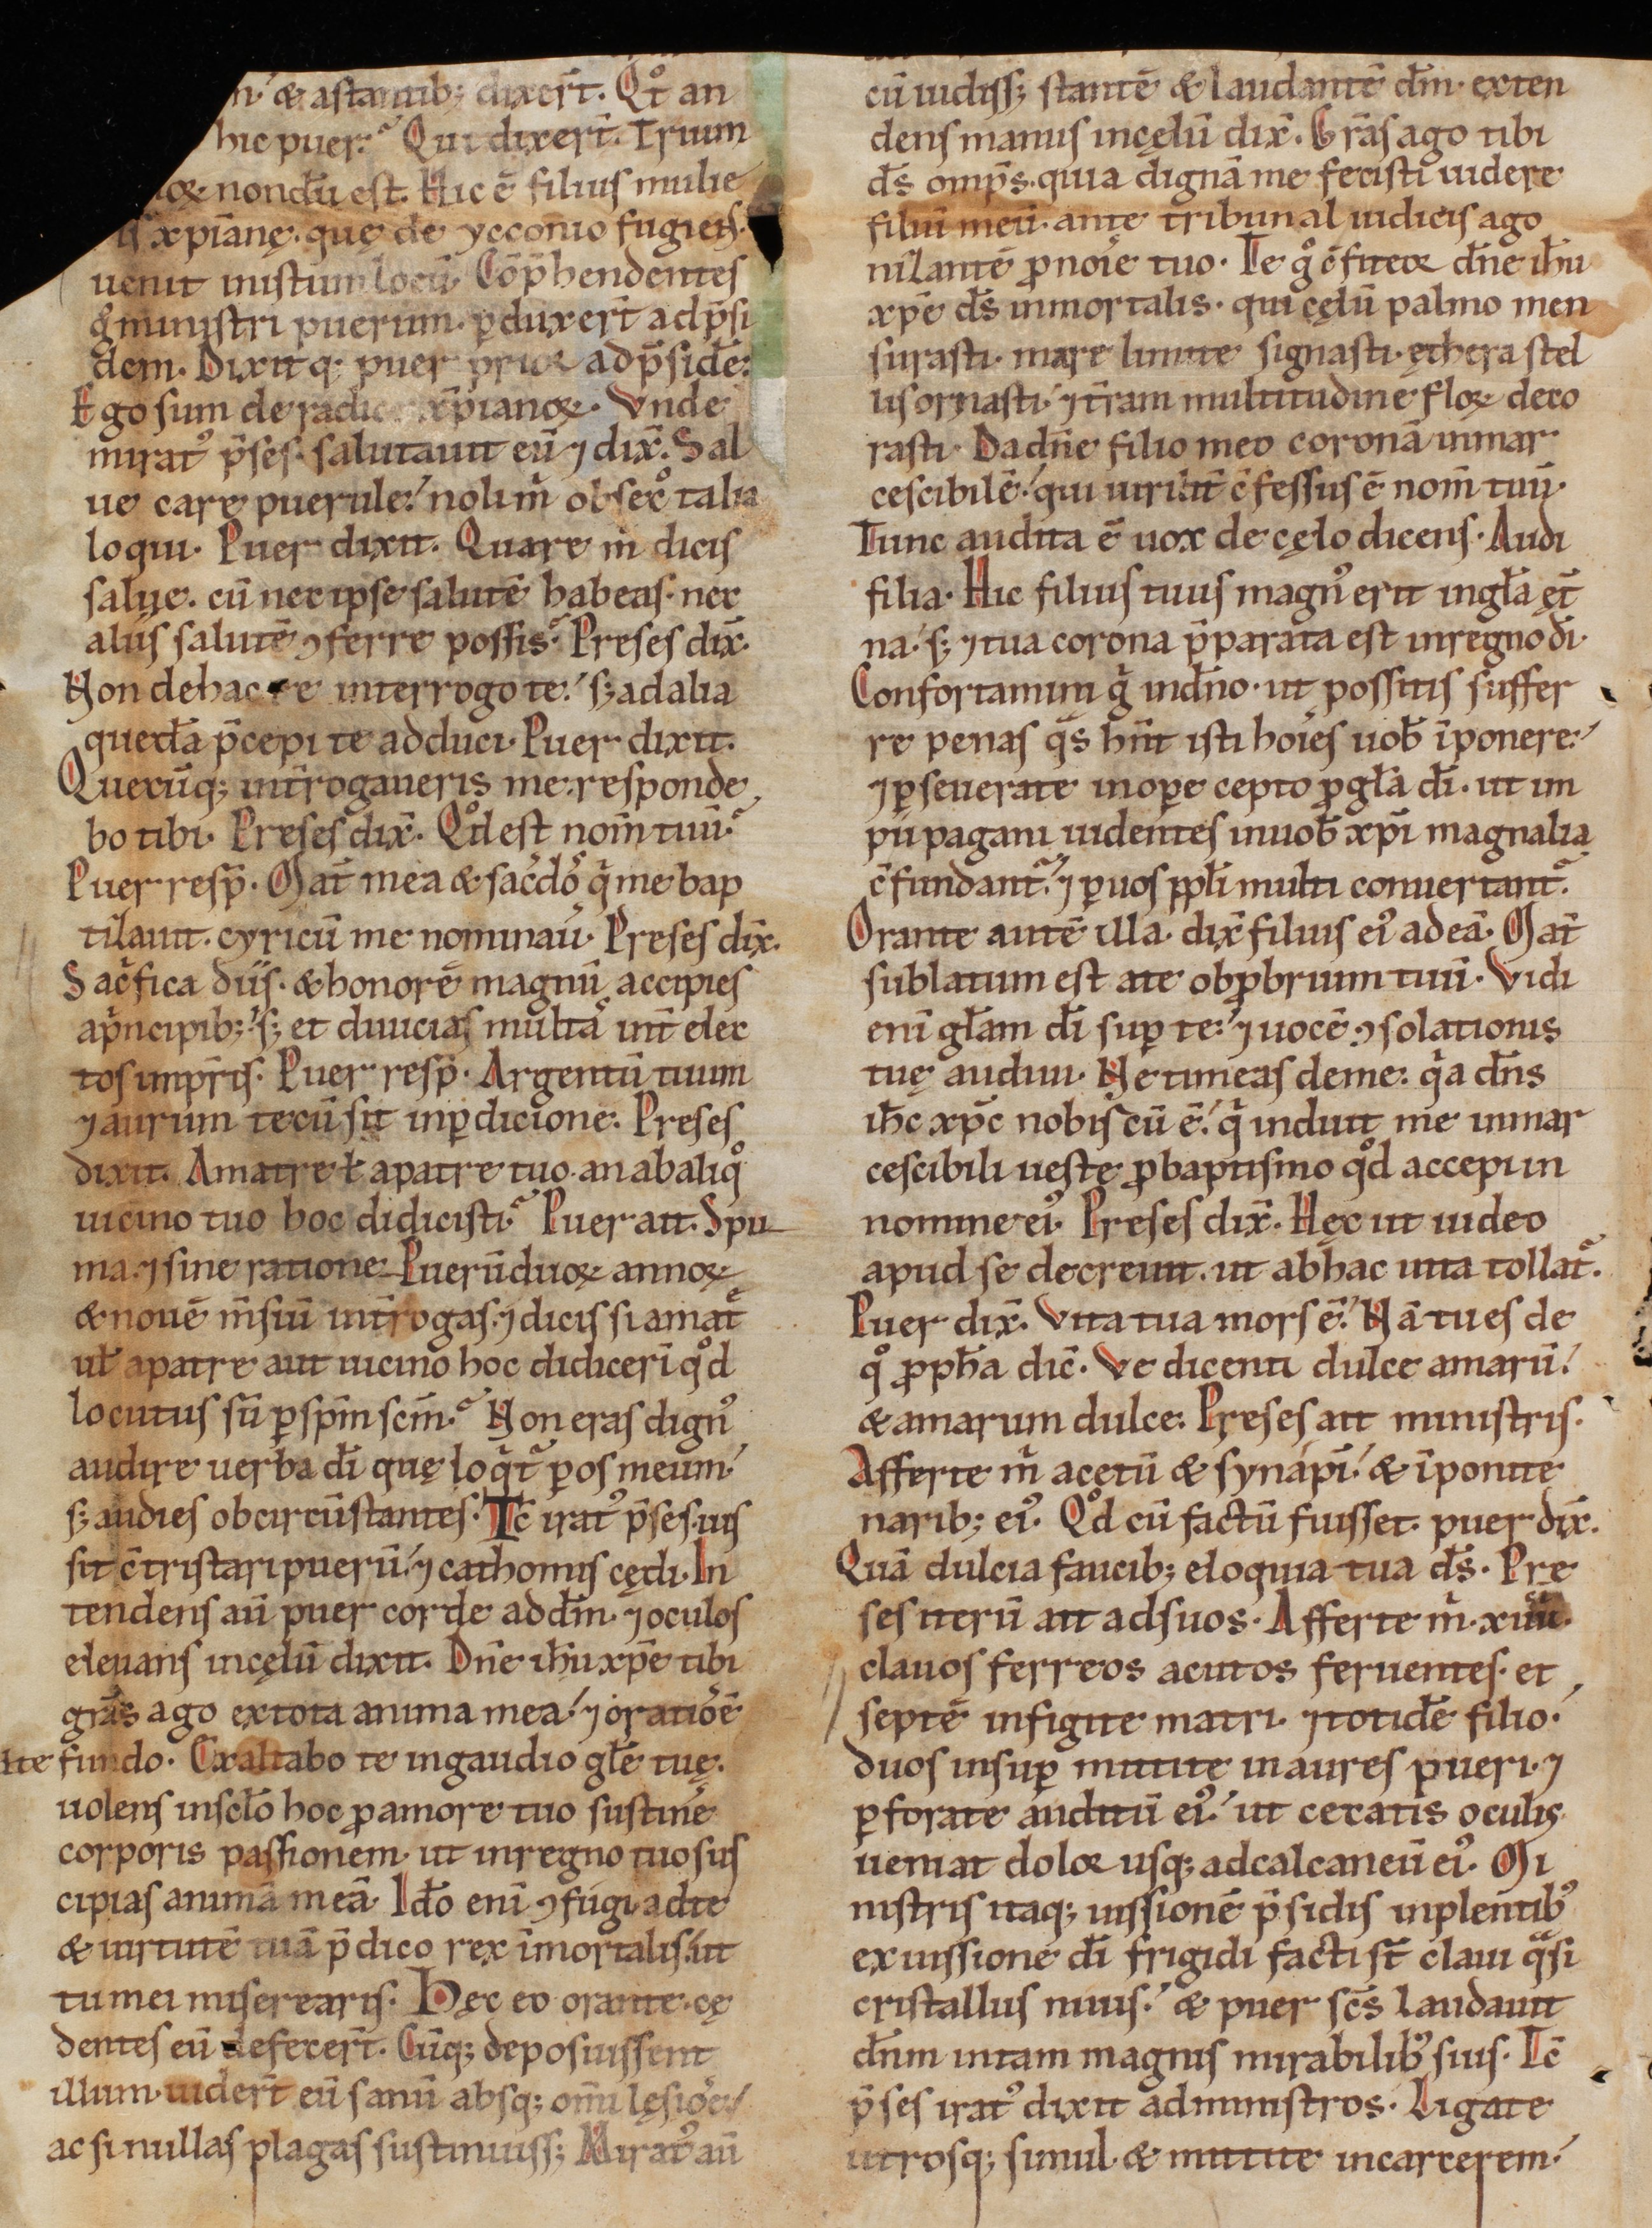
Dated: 1140–1170